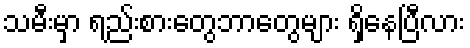
သမီးမှာ ရည်းစားတွေဘာတွေများ ရှိနေပြီလား